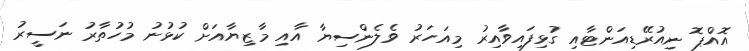
އޮއްޕޮ ނިއުރޭޑިއަންޓާއި ގުޅިފައިވާއިރު މިއަހަރު ވެލެންސިޔާ އާއި މާޒިޔާއަށް ކުޅުނު މުހުތާރު ނަސީރު